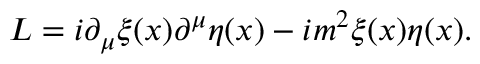
{ \cal L } = i \partial _ { \mu } \xi ( x ) \partial ^ { \mu } \eta ( x ) - i m ^ { 2 } \xi ( x ) \eta ( x ) .